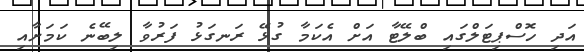
އަދި ހޮސްޕިޓަލްގައި ބްލޭޓާ އަށް އެކަމާ ގުޅޭ ރަނގަޅު ފަރުވާ ލިބޭނެ ކަމަށާއި